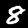
Label: 8